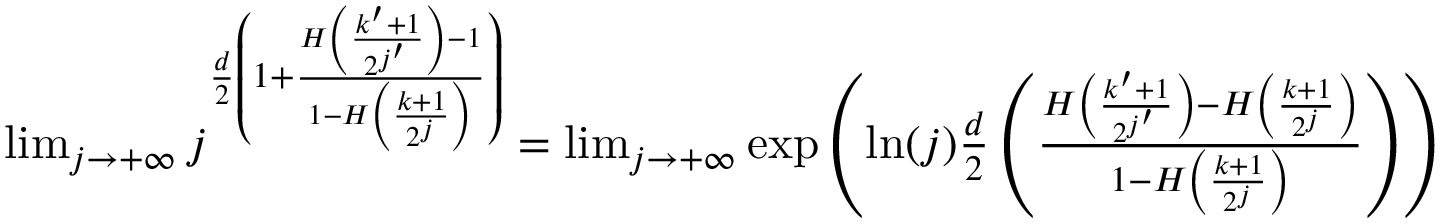
\begin{array} { r } { \operatorname* { l i m } _ { j \to + \infty } j ^ { \frac { d } { 2 } \left( 1 + \frac { H \left( \frac { k ^ { \prime } + 1 } { 2 ^ { j ^ { \prime } } } \right) - 1 } { 1 - H \left( \frac { k + 1 } { 2 ^ { j } } \right) } \right) } = \operatorname* { l i m } _ { j \to + \infty } \exp \left( \ln ( j ) \frac { d } { 2 } \left( \frac { H \left( \frac { k ^ { \prime } + 1 } { 2 ^ { j ^ { \prime } } } \right) - H \left( \frac { k + 1 } { 2 ^ { j } } \right) } { 1 - H \left( \frac { k + 1 } { 2 ^ { j } } \right) } \right) \right) } \end{array}